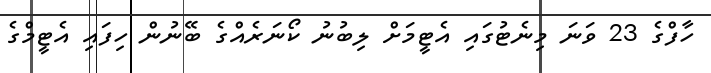
ހާފްގެ 23 ވަނަ މިނެޓުގައި އެޓީމަށް ލިބުނު ކޯނަރެއްގެ ބޭނުން ހިފައި އެޓީމްގެ